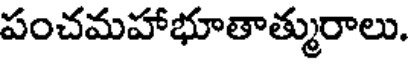
పంచమహాభూతాత్మురాలు.